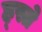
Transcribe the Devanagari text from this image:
ह्स्ते